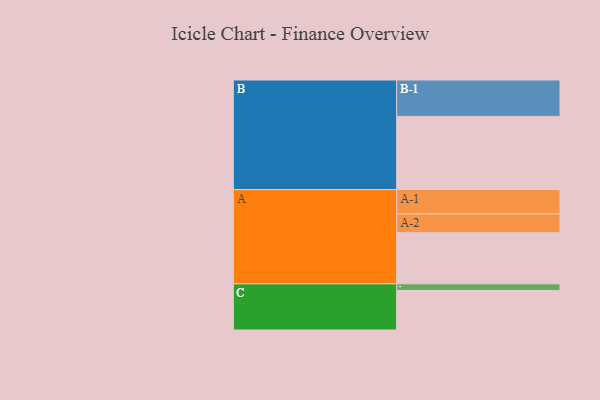
{"axis": {"x": "Segment", "y": "Value"}, "legend": ["", "A", "B", "C"], "data": [{"x": "A", "y": 403, "type": ""}, {"x": "B", "y": 577, "type": ""}, {"x": "C", "y": 312, "type": ""}, {"x": "A-1", "y": 192, "type": "A"}, {"x": "A-2", "y": 149, "type": "A"}, {"x": "B-1", "y": 287, "type": "B"}, {"x": "C-1", "y": 52, "type": "C"}]}